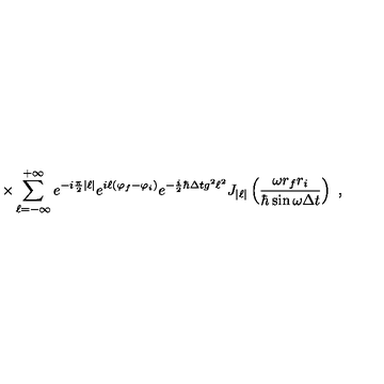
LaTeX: \times \sum _ { \ell = - \infty } ^ { + \infty } e ^ { - i \frac { \pi } { 2 } | \ell | } e ^ { i \ell ( \varphi _ { f } - \varphi _ { i } ) } e ^ { - \frac { i } { 2 } \hbar \Delta t g ^ { 2 } \ell ^ { 2 } } J _ { | \ell | } \left( \frac { \omega r _ { f } r _ { i } } { \hbar \sin \omega \Delta t } \right) \ ,